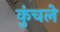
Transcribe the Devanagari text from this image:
कुंचले